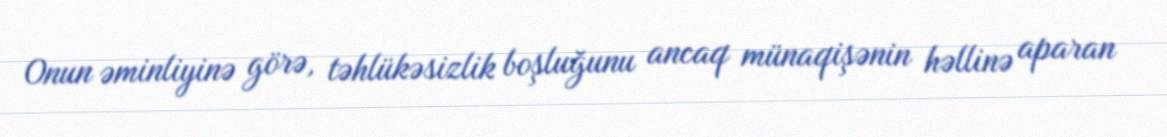
Onun əminliyinə görə, təhlükəsizlik boşluğunu ancaq münaqişənin həllinə aparan